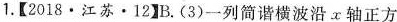
1.【2018·江苏·12】B.(3)一列简谐横波沿α轴正方